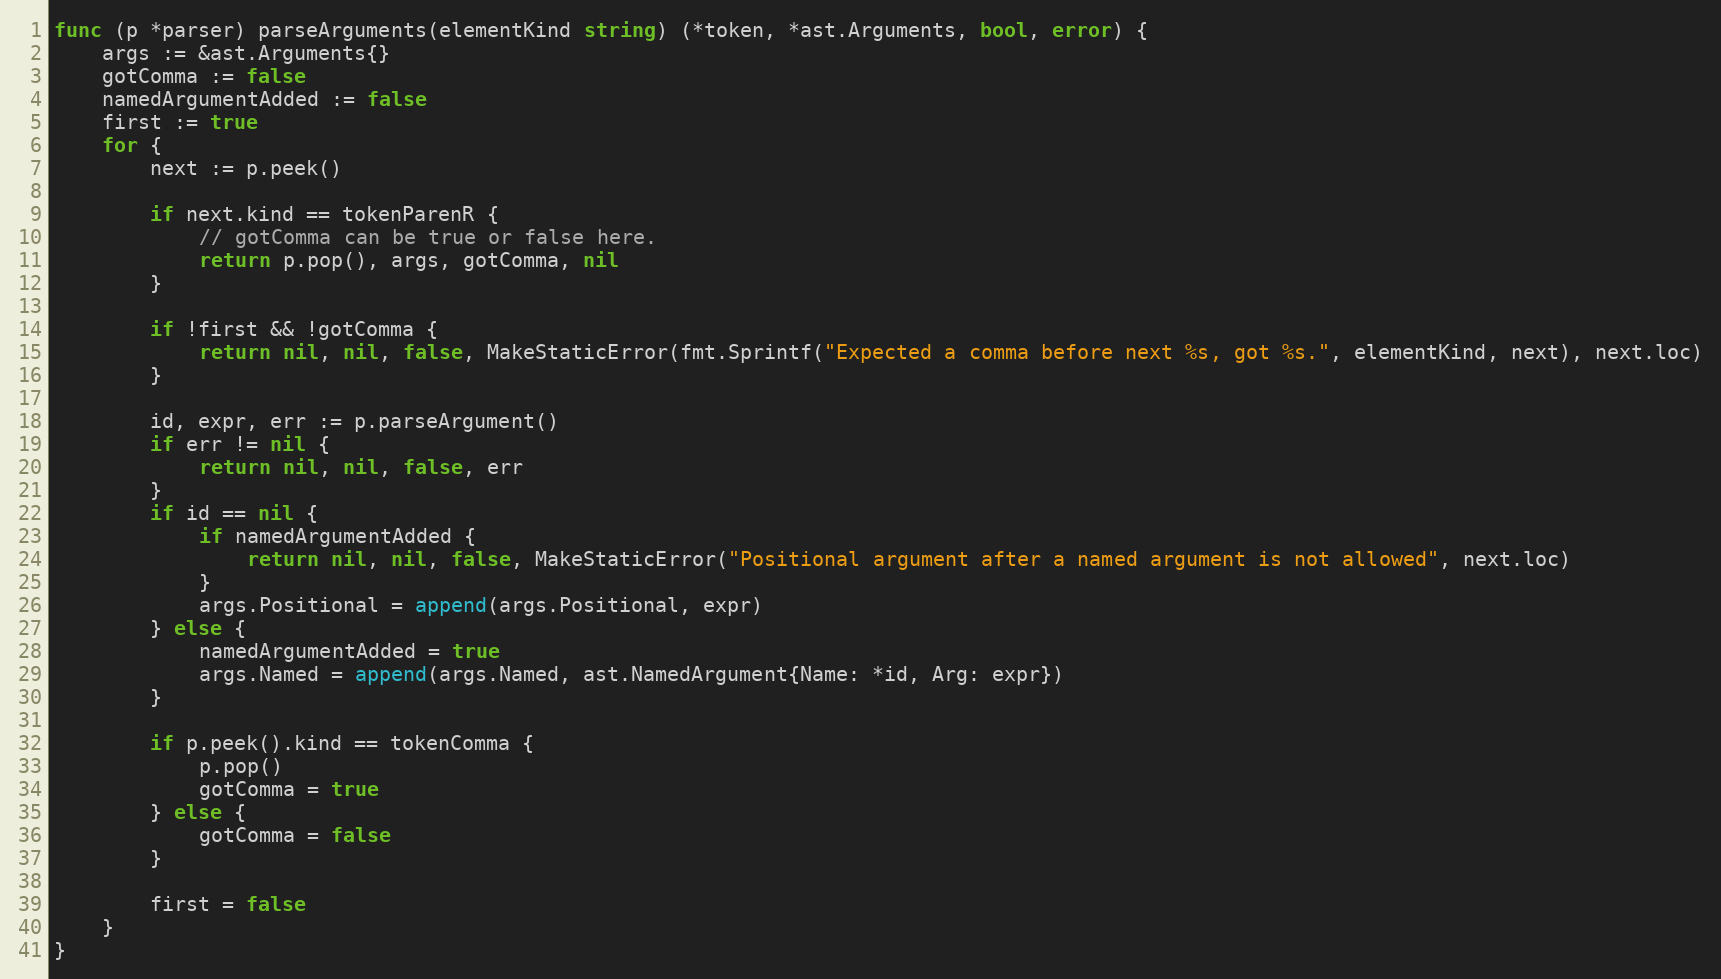
Language: Go
func (p *parser) parseArguments(elementKind string) (*token, *ast.Arguments, bool, error) {
	args := &ast.Arguments{}
	gotComma := false
	namedArgumentAdded := false
	first := true
	for {
		next := p.peek()

		if next.kind == tokenParenR {
			// gotComma can be true or false here.
			return p.pop(), args, gotComma, nil
		}

		if !first && !gotComma {
			return nil, nil, false, MakeStaticError(fmt.Sprintf("Expected a comma before next %s, got %s.", elementKind, next), next.loc)
		}

		id, expr, err := p.parseArgument()
		if err != nil {
			return nil, nil, false, err
		}
		if id == nil {
			if namedArgumentAdded {
				return nil, nil, false, MakeStaticError("Positional argument after a named argument is not allowed", next.loc)
			}
			args.Positional = append(args.Positional, expr)
		} else {
			namedArgumentAdded = true
			args.Named = append(args.Named, ast.NamedArgument{Name: *id, Arg: expr})
		}

		if p.peek().kind == tokenComma {
			p.pop()
			gotComma = true
		} else {
			gotComma = false
		}

		first = false
	}
}